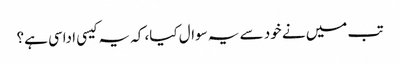
تب میں نے خود سے یہ سوال کیا، کہ یہ کیسی اداسی ہے؟